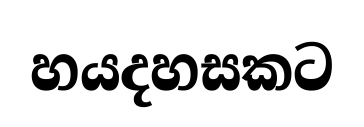
හයදහසකට